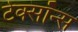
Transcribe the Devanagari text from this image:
टेक्सॉन्स